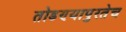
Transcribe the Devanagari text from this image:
तोडण्यापुरतेच